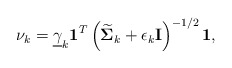
\begin{align*}\nu_k = \underline{\gamma}_k\mathbf{1}^T\left(\widetilde{\boldsymbol{\Sigma}}_k + \epsilon_k \mathbf{I}\right)^{-1/2}\mathbf{1},\end{align*}